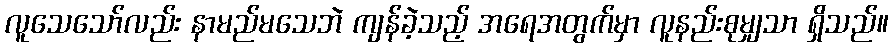
လူသေသော်လည်း နာမည်မသေဘဲ ကျန်ခဲ့သည့် အရေအတွက်မှာ လူနည်းစုမျှသာ ရှိသည်။